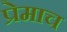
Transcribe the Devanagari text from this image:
प्रेमाच